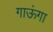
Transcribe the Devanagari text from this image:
गाऊंगा